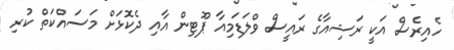
ހެއިރެސް އަކީ ރަޝިއާގެ ރައީސް ވްލަޑަމިއާ ޕޫޓިން އާއި ދެކޮޅަށް މަސައްކަތް ކުރި